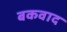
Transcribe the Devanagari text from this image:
बकवाद